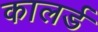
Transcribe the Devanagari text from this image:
कालर्ड